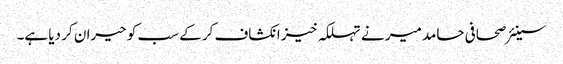
سینئر صحافی حامد میر نے تہلکہ خیز انکشاف کر کے سب کو حیران کر دیا ہے۔